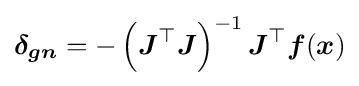
{\boldsymbol {\delta _{gn}}}=-\left({\boldsymbol {J}}^{\top }{\boldsymbol {J}}\right)^{-1}{\boldsymbol {J}}^{\top }{\boldsymbol {f}}({\boldsymbol {x}})